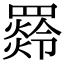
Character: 𦌣